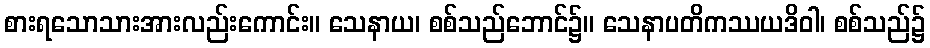
စားရသောသားအားလည်းကောင်း။ သေနာယ၊ စစ်သည်ဘောင်၌။ သေနာပတိကဿယဒိဝါ၊ စစ်သည်၌